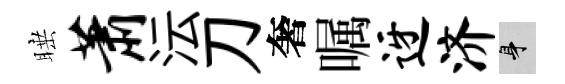
睡萧沄刀奢嘱迓济身